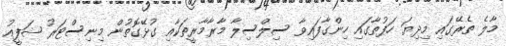
މާލެ ތެރޭގައި މިދިޔަ ހަފުތާގައި ހިންގާފައިވާ ސިލްސިލާ މާރާމާރީތަކާއި ގުޅޭގޮތުން މިނިސްޓަރު ޝަފީއު